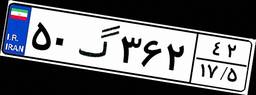
۵۰گ۳۶۲۴۲